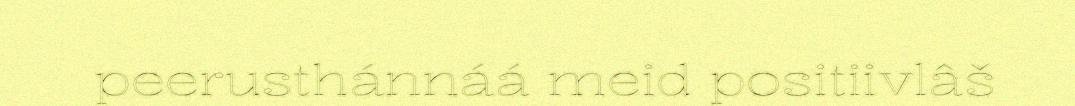
peerusthánnáá meid positiivlâš